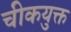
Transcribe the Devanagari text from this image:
चीकयुक्त